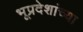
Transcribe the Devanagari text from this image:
भूप्रदेशांच्या